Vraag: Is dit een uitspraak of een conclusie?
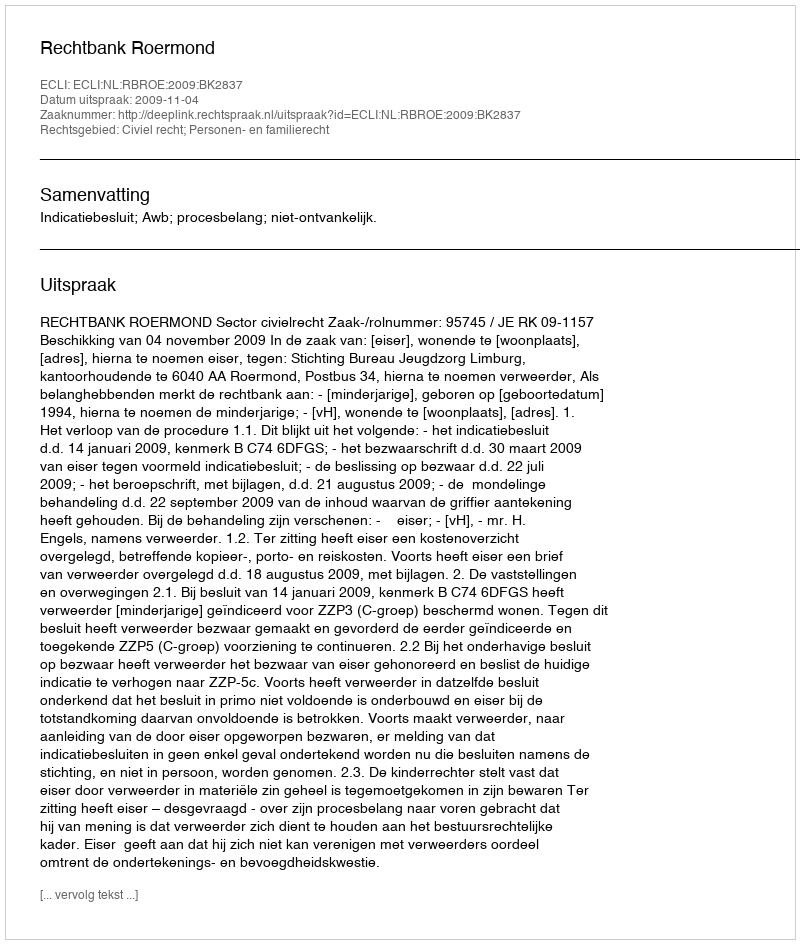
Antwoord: Uitspraak